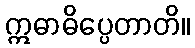
ဣဓာဓိပ္ပေတာတိ။